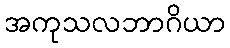
အကုသလဘာဂိယာ